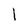
Character: 1